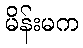
မိန်းမက